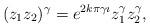
LaTeX: \begin{align*}(z_1z_2)^{\gamma}=e^{2k\pi\gamma\imath}z_1^{\gamma}z_2^{\gamma},\end{align*}